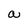
Character: a